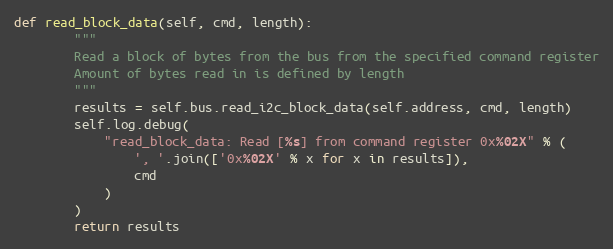
Language: Python
def read_block_data(self, cmd, length):
        """
        Read a block of bytes from the bus from the specified command register
        Amount of bytes read in is defined by length
        """
        results = self.bus.read_i2c_block_data(self.address, cmd, length)
        self.log.debug(
            "read_block_data: Read [%s] from command register 0x%02X" % (
                ', '.join(['0x%02X' % x for x in results]),
                cmd
            )
        )
        return results